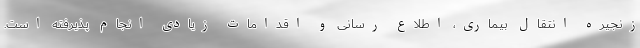
زنجیره انتقال بیماری، اطلاع رسانی و اقدامات زیادی انجام پذیرفته است.